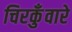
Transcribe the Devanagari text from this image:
चिरकुँवारे